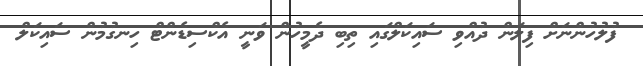
ފުލުހުންނަށް ފިލަން ދުއްވި ސައިކަލްގައި ތިބި ދެމީހުން ވަނީ އެކްސިޑެންޓް ހިނގުމުން ސައިކަލް